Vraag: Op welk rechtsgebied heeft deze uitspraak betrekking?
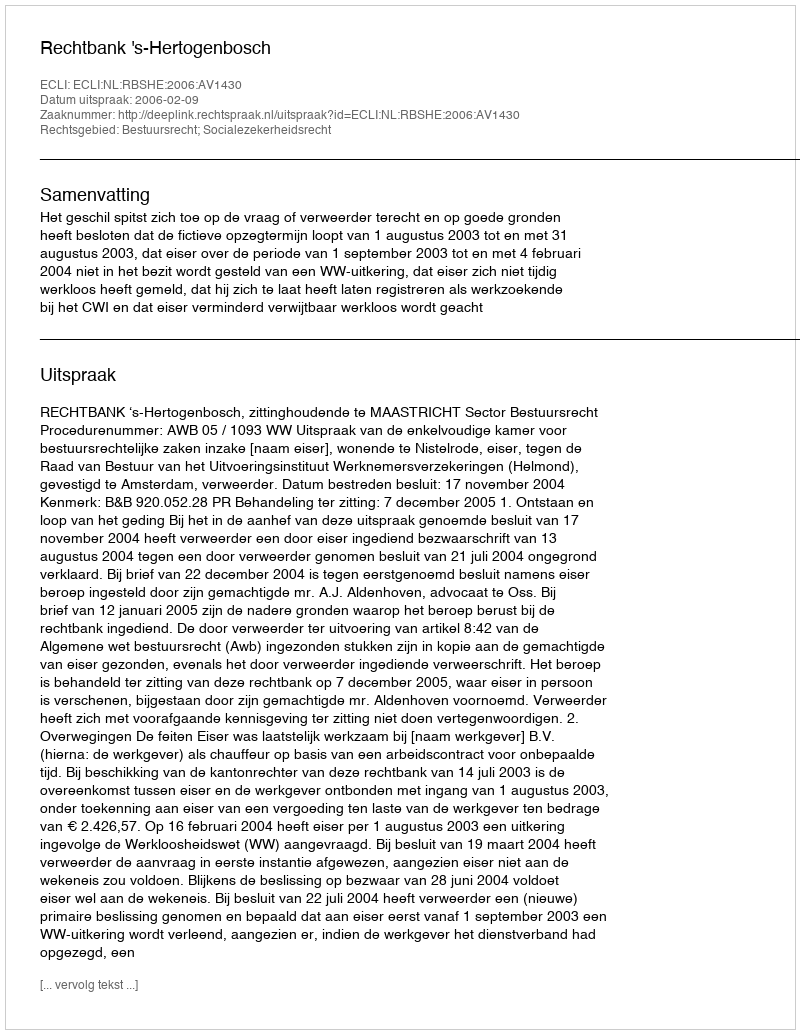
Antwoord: Bestuursrecht; Socialezekerheidsrecht